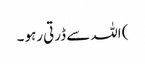
) اللہ سے ڈرتی رہو ۔